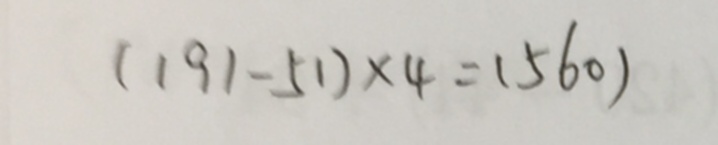
( 1 9 1 - 5 1 ) \times 4 = ( 5 6 0 )